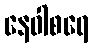
နေဝါစရေ